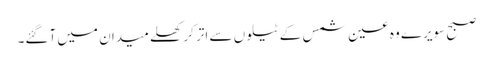
صبح سویرے وہ عین شمس کے ٹیلوں سے اتر کر کھلے میدان میں آگئے۔